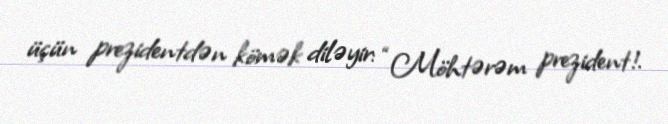
üçün prezidentdən kömək diləyir: “Möhtərəm prezident!.